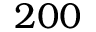
2 0 0